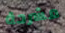
مشرحة